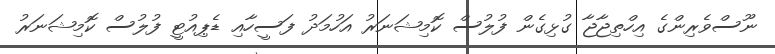
ނޫސްވެރިންގެ އިހްތިޖާޖާ ގުޅިގެން ފުލުސް ކޮމިޝަނަރު އަހުމަދު ފަސީހާއި ޑެޕިއުޓީ ފުލުސް ކޮމިޝަނަރު